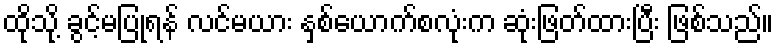
ထိုသို့ ခွင့်မပြုရန် လင်မယား နှစ်ယောက်စလုံးက ဆုံးဖြတ်ထားပြီး ဖြစ်သည်။